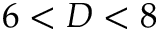
6 < D < 8